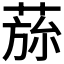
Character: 𮏾